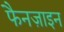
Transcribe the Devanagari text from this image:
फैनज़ाइन